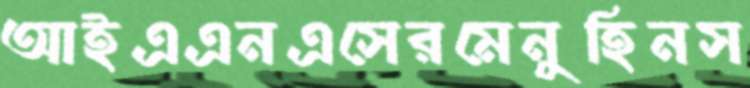
আইএএনএসেরমেনুহিনস